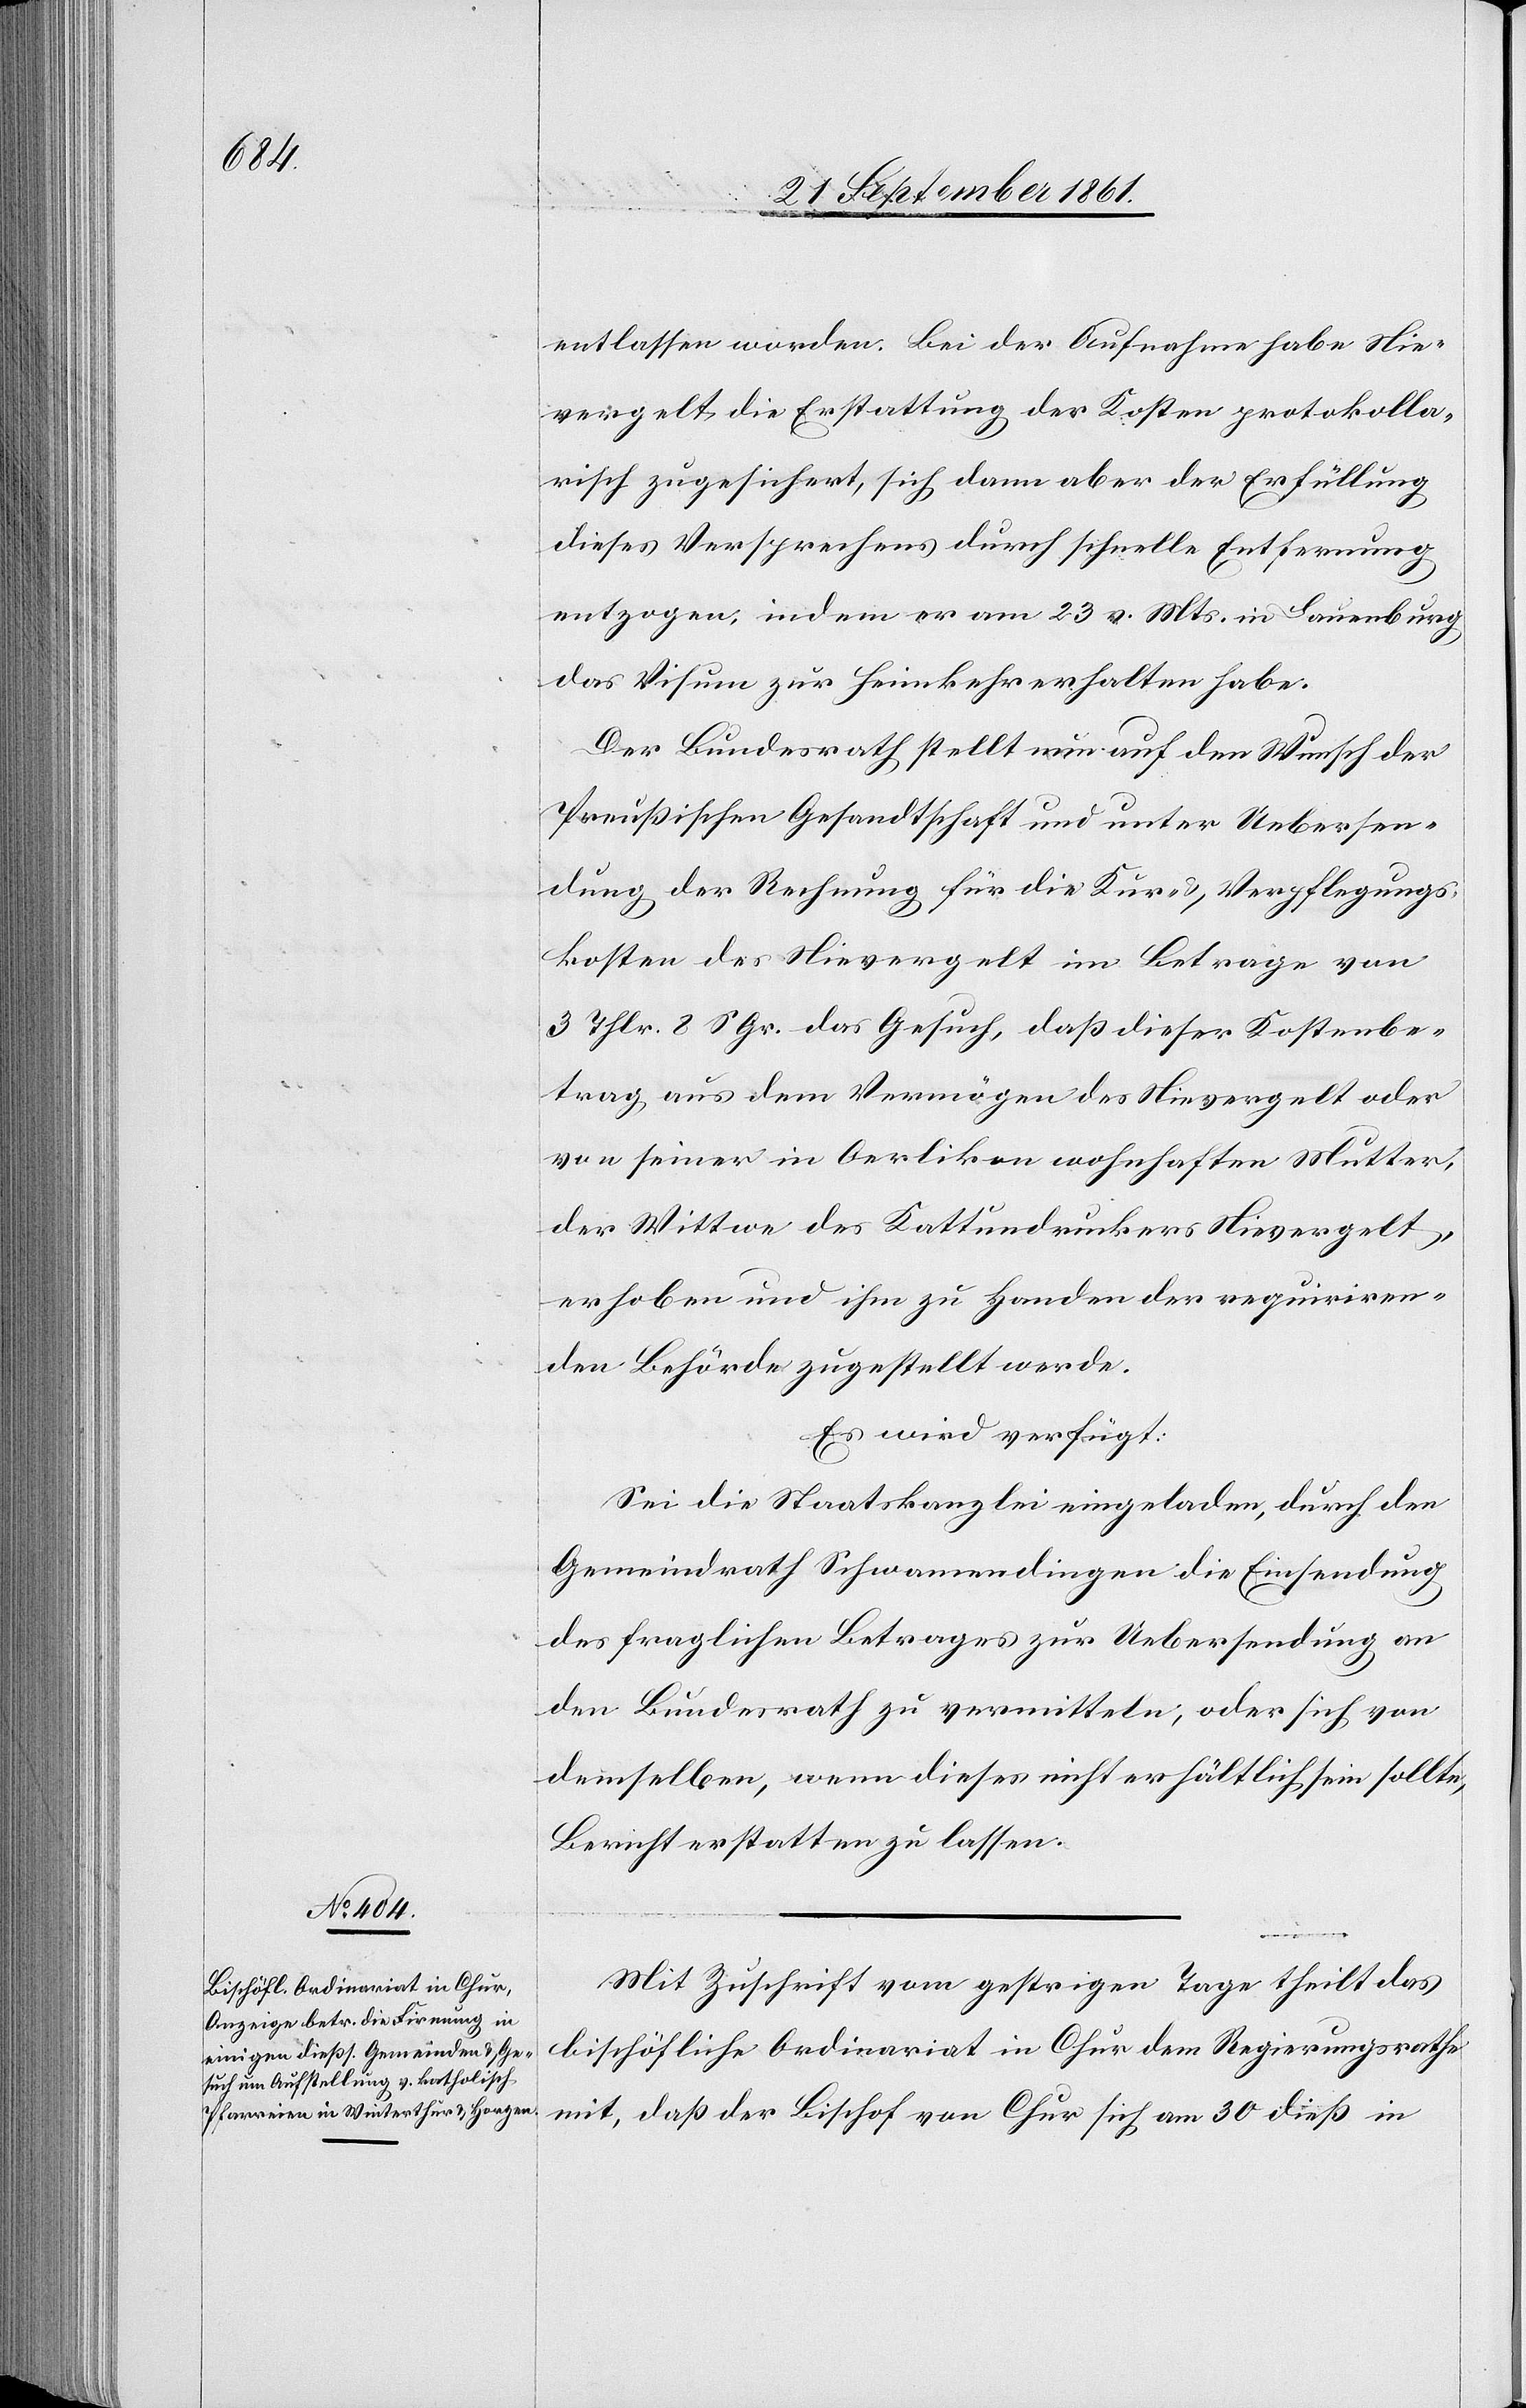
25 September 1861.]
entlassen worden. Bei der Aufnahme habe Nie¬
vergelt die Erstattung der Kosten protokolla¬
risch zugesichert, sich dann aber der Erfüllung
dieses Versprechens durch schnelle Entfernung
entzogen, indem er am 23 v. Mts. in Lauenburg
das Visum zur Heimkehr erhalten habe.
Der Bundesrath stellt nun auf den Wunsch der
Preußischen Gesandtschaft und unter Uebersen¬
dung der Rechnung für die Kur- u. Verpflegungs¬
kosten des Nievergelt im Betrage von
3 Thlr. 2 S. Gr. das Gesuch, daß dieser Kostenbe¬
trag aus dem Vermögen des Nievergelt oder
von seiner in Oerlikon wohnhaften Mutter,
der Wittwe des Kattundruckers Nievergelt,
erhoben und ihm zu Handen der requiriren¬
den Behörde zugestellt werde.
Es wird verfügt:
Sei die Staatskanzlei eingeladen, durch den
Gemeindrath Schwamendingen die Einsendung
des fraglichen Betrages zur Uebersendung an
den Bundesrath zu vermitteln, oder sich von
demselben, wenn dieses nicht erhältlich sein sollte,
Bericht erstatten zu lassen.
den
Mit Zuschrift vom gestrigen Tage theilt das
bischöfliche Ordinariat in Chur dem Regierungsrathe
mit, daß der Bischof von Chur sich am 30 dieß in